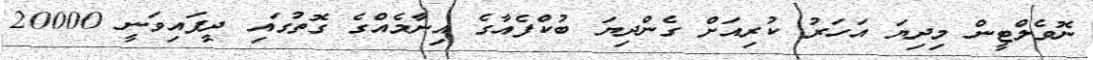
ނޮވެލްޓީން މިދިޔަ އަހަރު ކުރިއަށް ގެންދިޔަ ބުކްފެއާގެ އިނާމެއްގެ ގޮތުގައި ދީފައިވަނީ 20000